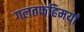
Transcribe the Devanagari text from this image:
गलतफहिमयां